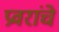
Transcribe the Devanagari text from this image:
प्रवरांचे